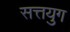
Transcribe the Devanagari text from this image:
सत्तयुग